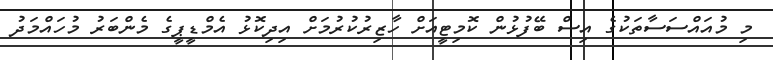
މި މުއައްސަސާތަކުގެ އިސް ބޭފުޅުން ކޮމިޓީއަށް ހާޒިރުކުރުމަށް އިދިކޮޅު އެމްޑީޕީގެ މެންބަރު މުހައްމަދު